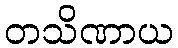
တသိဏာယ